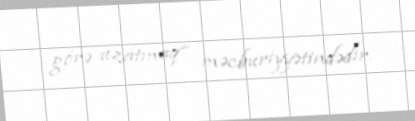
görə uzatmaq” məcburiyyətindədir.